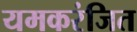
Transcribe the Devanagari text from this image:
यमकरंजित